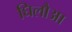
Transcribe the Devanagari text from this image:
घिलौआ